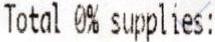
TOTAL 0% SUPPLIES: